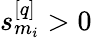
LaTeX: s_{m_{i}}^{[q]}>0